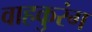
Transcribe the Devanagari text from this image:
वाहकुरंग